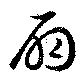
扇